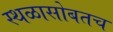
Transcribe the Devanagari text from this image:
स्थळासोबतच